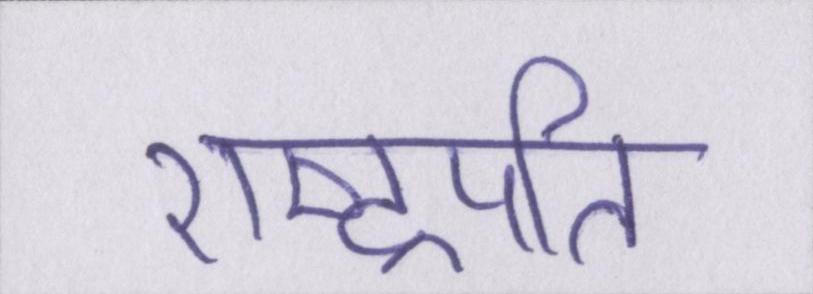
राष्ट्रपति